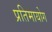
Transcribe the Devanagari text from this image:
प्रतिमायोग